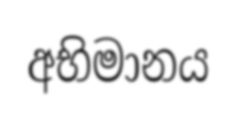
අභිමානය